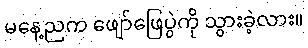
မနေ့ညက ဖျော်ဖြေပွဲကို သွားခဲ့လား။